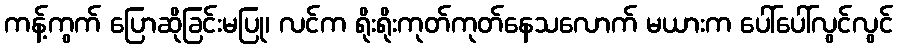
ကန့်ကွက် ပြောဆိုခြင်းမပြု၊ လင်က ရိုးရိုးကုတ်ကုတ်နေသလောက် မယားက ပေါ်ပေါ်လွင်လွင်